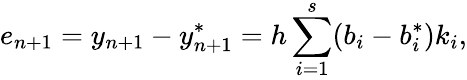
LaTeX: e_{n+1}=y_{n+1}-y_{n+1}^{*}=h\sum_{i=1}^{s}(b_{i}-b_{i}^{*})k_{i},